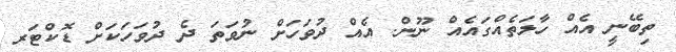
ތިބޭނީ އެއް ހާލަތެއްގައެއް ނޫން. އެއް ދުވަހަށް ނުވަތަ ދެ ދުވަހަކަށް ޑޮކްޓަރ